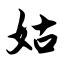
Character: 姑